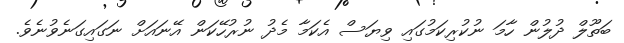
ބަތޫލް ދުލުން ހާމަ ނުކުރިކަމުގައި ވިޔަސް އެކަމާ މެދު ނުރުހޭކަން އޭނައަށް ނަގައިގަނެވުނެވެ.